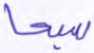
سبحا